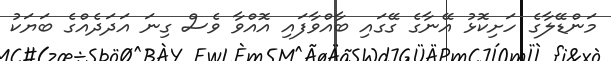
މަންޑޭލާގެ ހަށިކޮޅު އޭނާގެ ގޭގައި ބާއްވާފައި އޮއްވާ ވެސް ގިނަ އަދަދެއްގެ ބަޔަކު